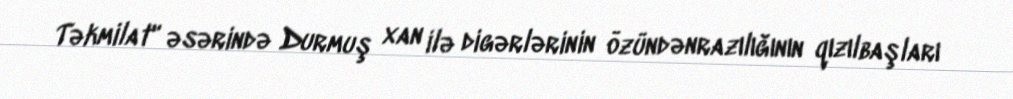
Təkmilat" əsərində Durmuş xan ilə digərlərinin özündənrazılığının qızılbaşları